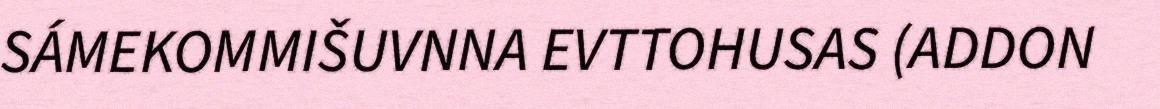
SÁMEKOMMIŠUVNNA EVTTOHUSAS (ADDON